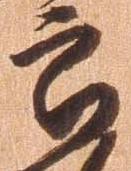
郎